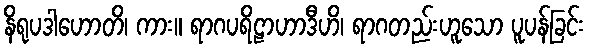
နိရုပဒါဟောတိ၊ ကား။ ရာဂပရိဠာဟာဒီဟိ၊ ရာဂတည်းဟူသော ပူပန်ခြင်း